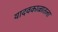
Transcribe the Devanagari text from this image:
यादवकाळातला